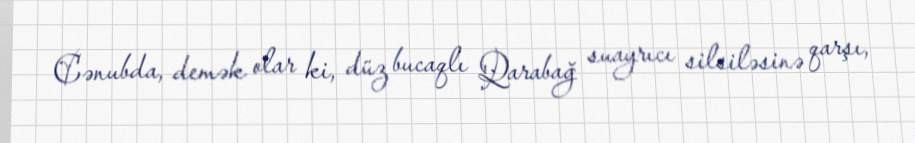
Cənubda, demək olar ki, düz bucaqlı Qarabağ suayrıcı silsiləsinə qarşı,